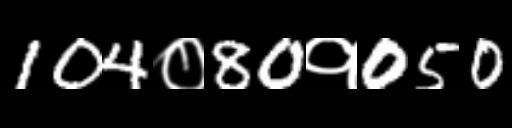
Text: 104०80१050